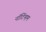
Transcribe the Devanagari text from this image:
नाॅटिंग्हम